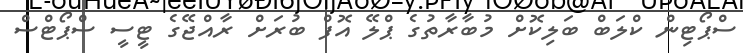
ސްޕޯޓިން ކްލަބް ބަލިކޮށް މުބާރާތުގެ ޕްލޭ އޮފް ބުރަށް ރާއްޖޭގެ ޓީސީ ސްޕޯޓްސް